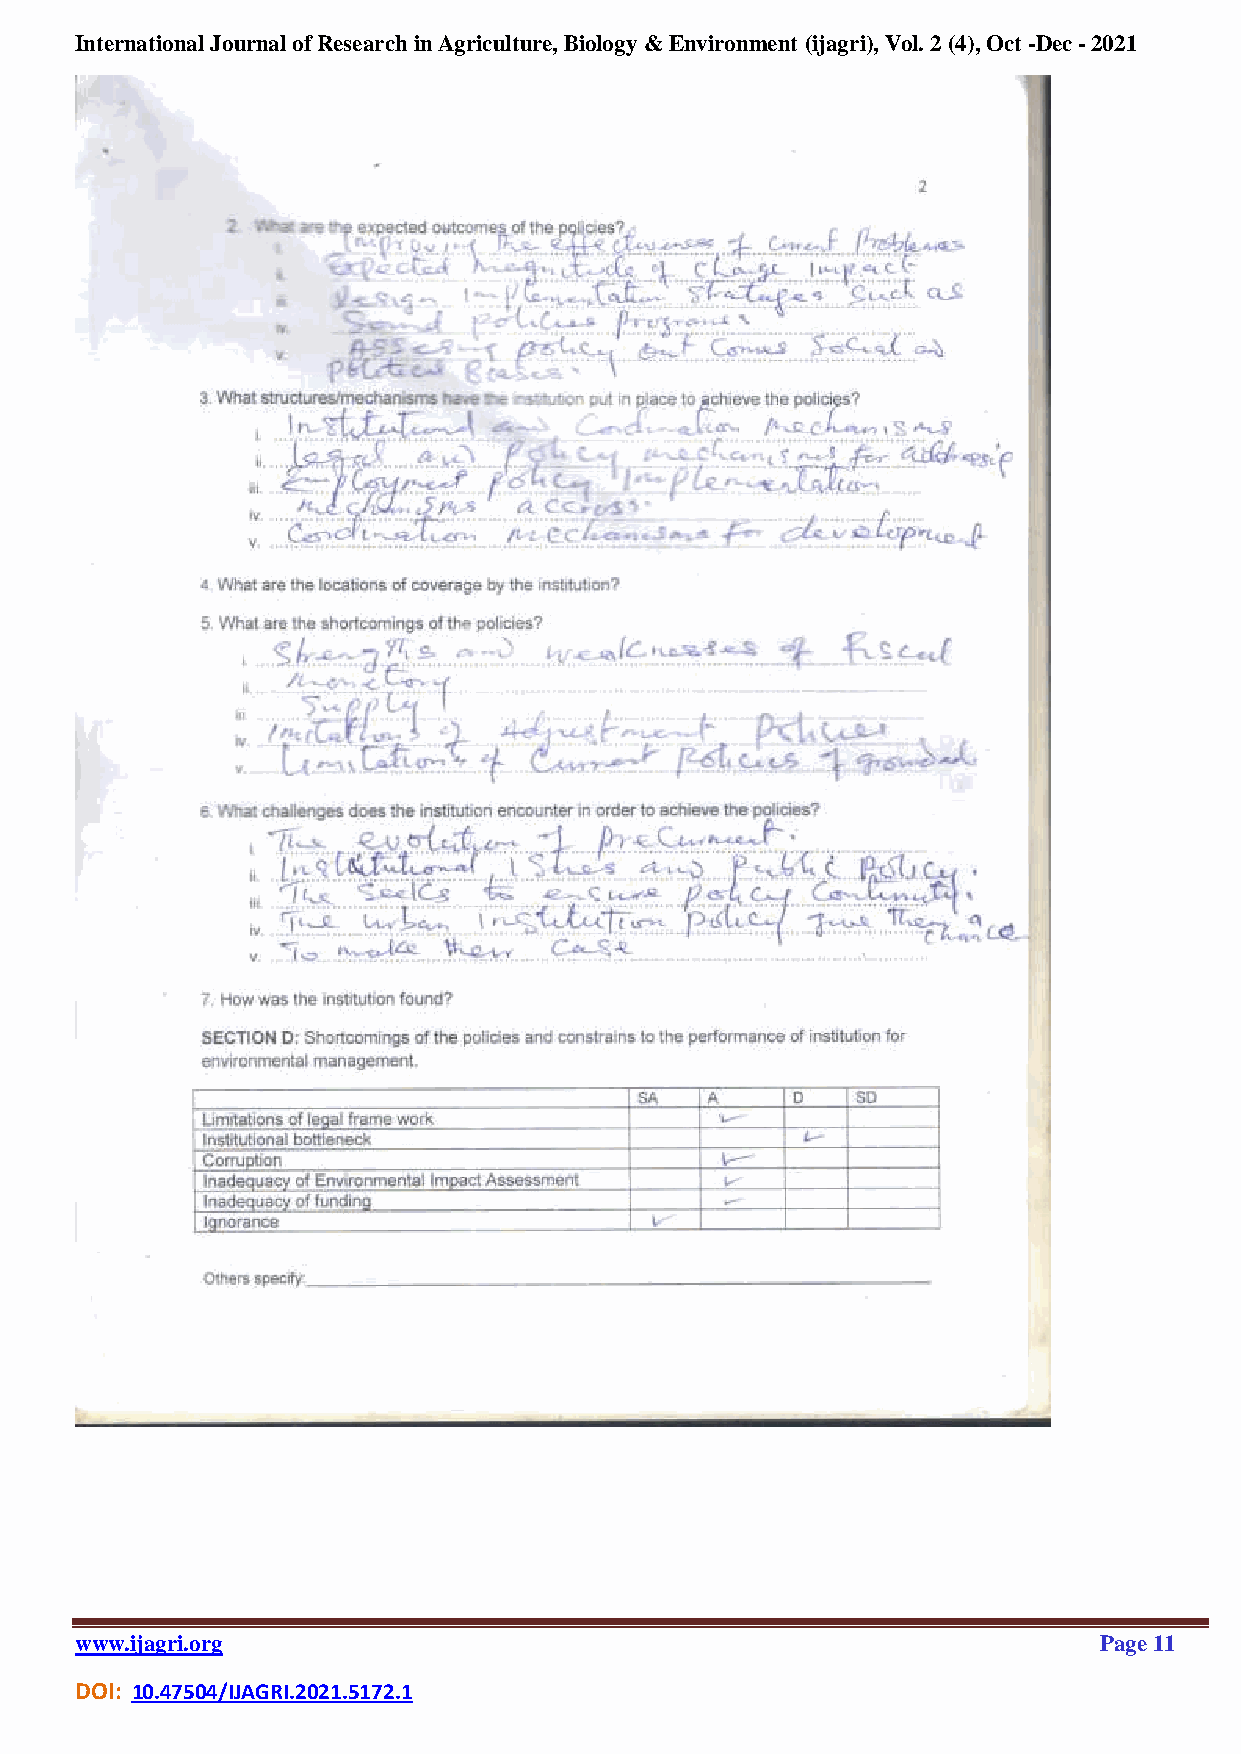
International Journal of Research in Agriculture, Biology & Environment (ijagri), Vol. 2 (4), Oct -Dec - 2021
 www.ijagri.org                                                      Page 11
 DOI: 10.47504/IJAGRI.2021.5172.1